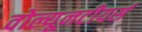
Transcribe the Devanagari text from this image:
वोल्यूनटीयर्स